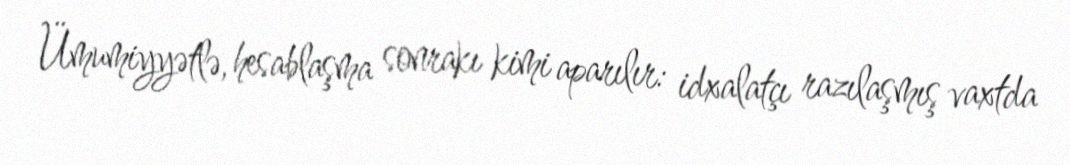
Ümumiyyətlə, hesablaşma sonrakı kimi aparılır: idxalatçı razılaşmış vaxtda